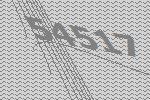
54517